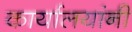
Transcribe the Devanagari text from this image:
कार्यालयांनी